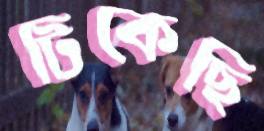
টিকেছি